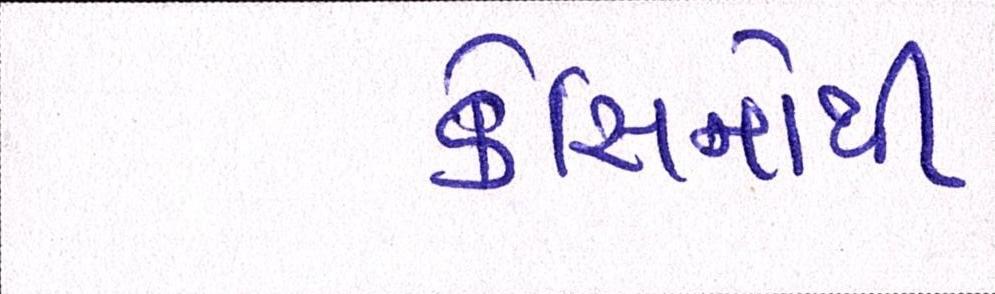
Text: કેસિનોથી